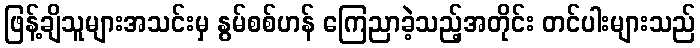
ဖြန့်ချိသူများအသင်းမှ နွမ်စစ်ဟန် ကြေညာခဲ့သည့်အတိုင်း တင်ပါးများသည်